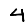
Digit: 4